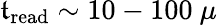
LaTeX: \mathfrak{t}_{\mathrm{{read}}}\sim10-100~\mu